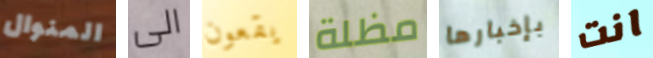
المنوال الى يقعون مظلة بإخبارها انت